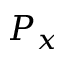
P _ { x }